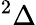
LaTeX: ^{2}\Delta